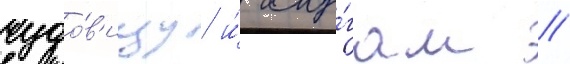
чудо́в'ищу и́ слу́гам //